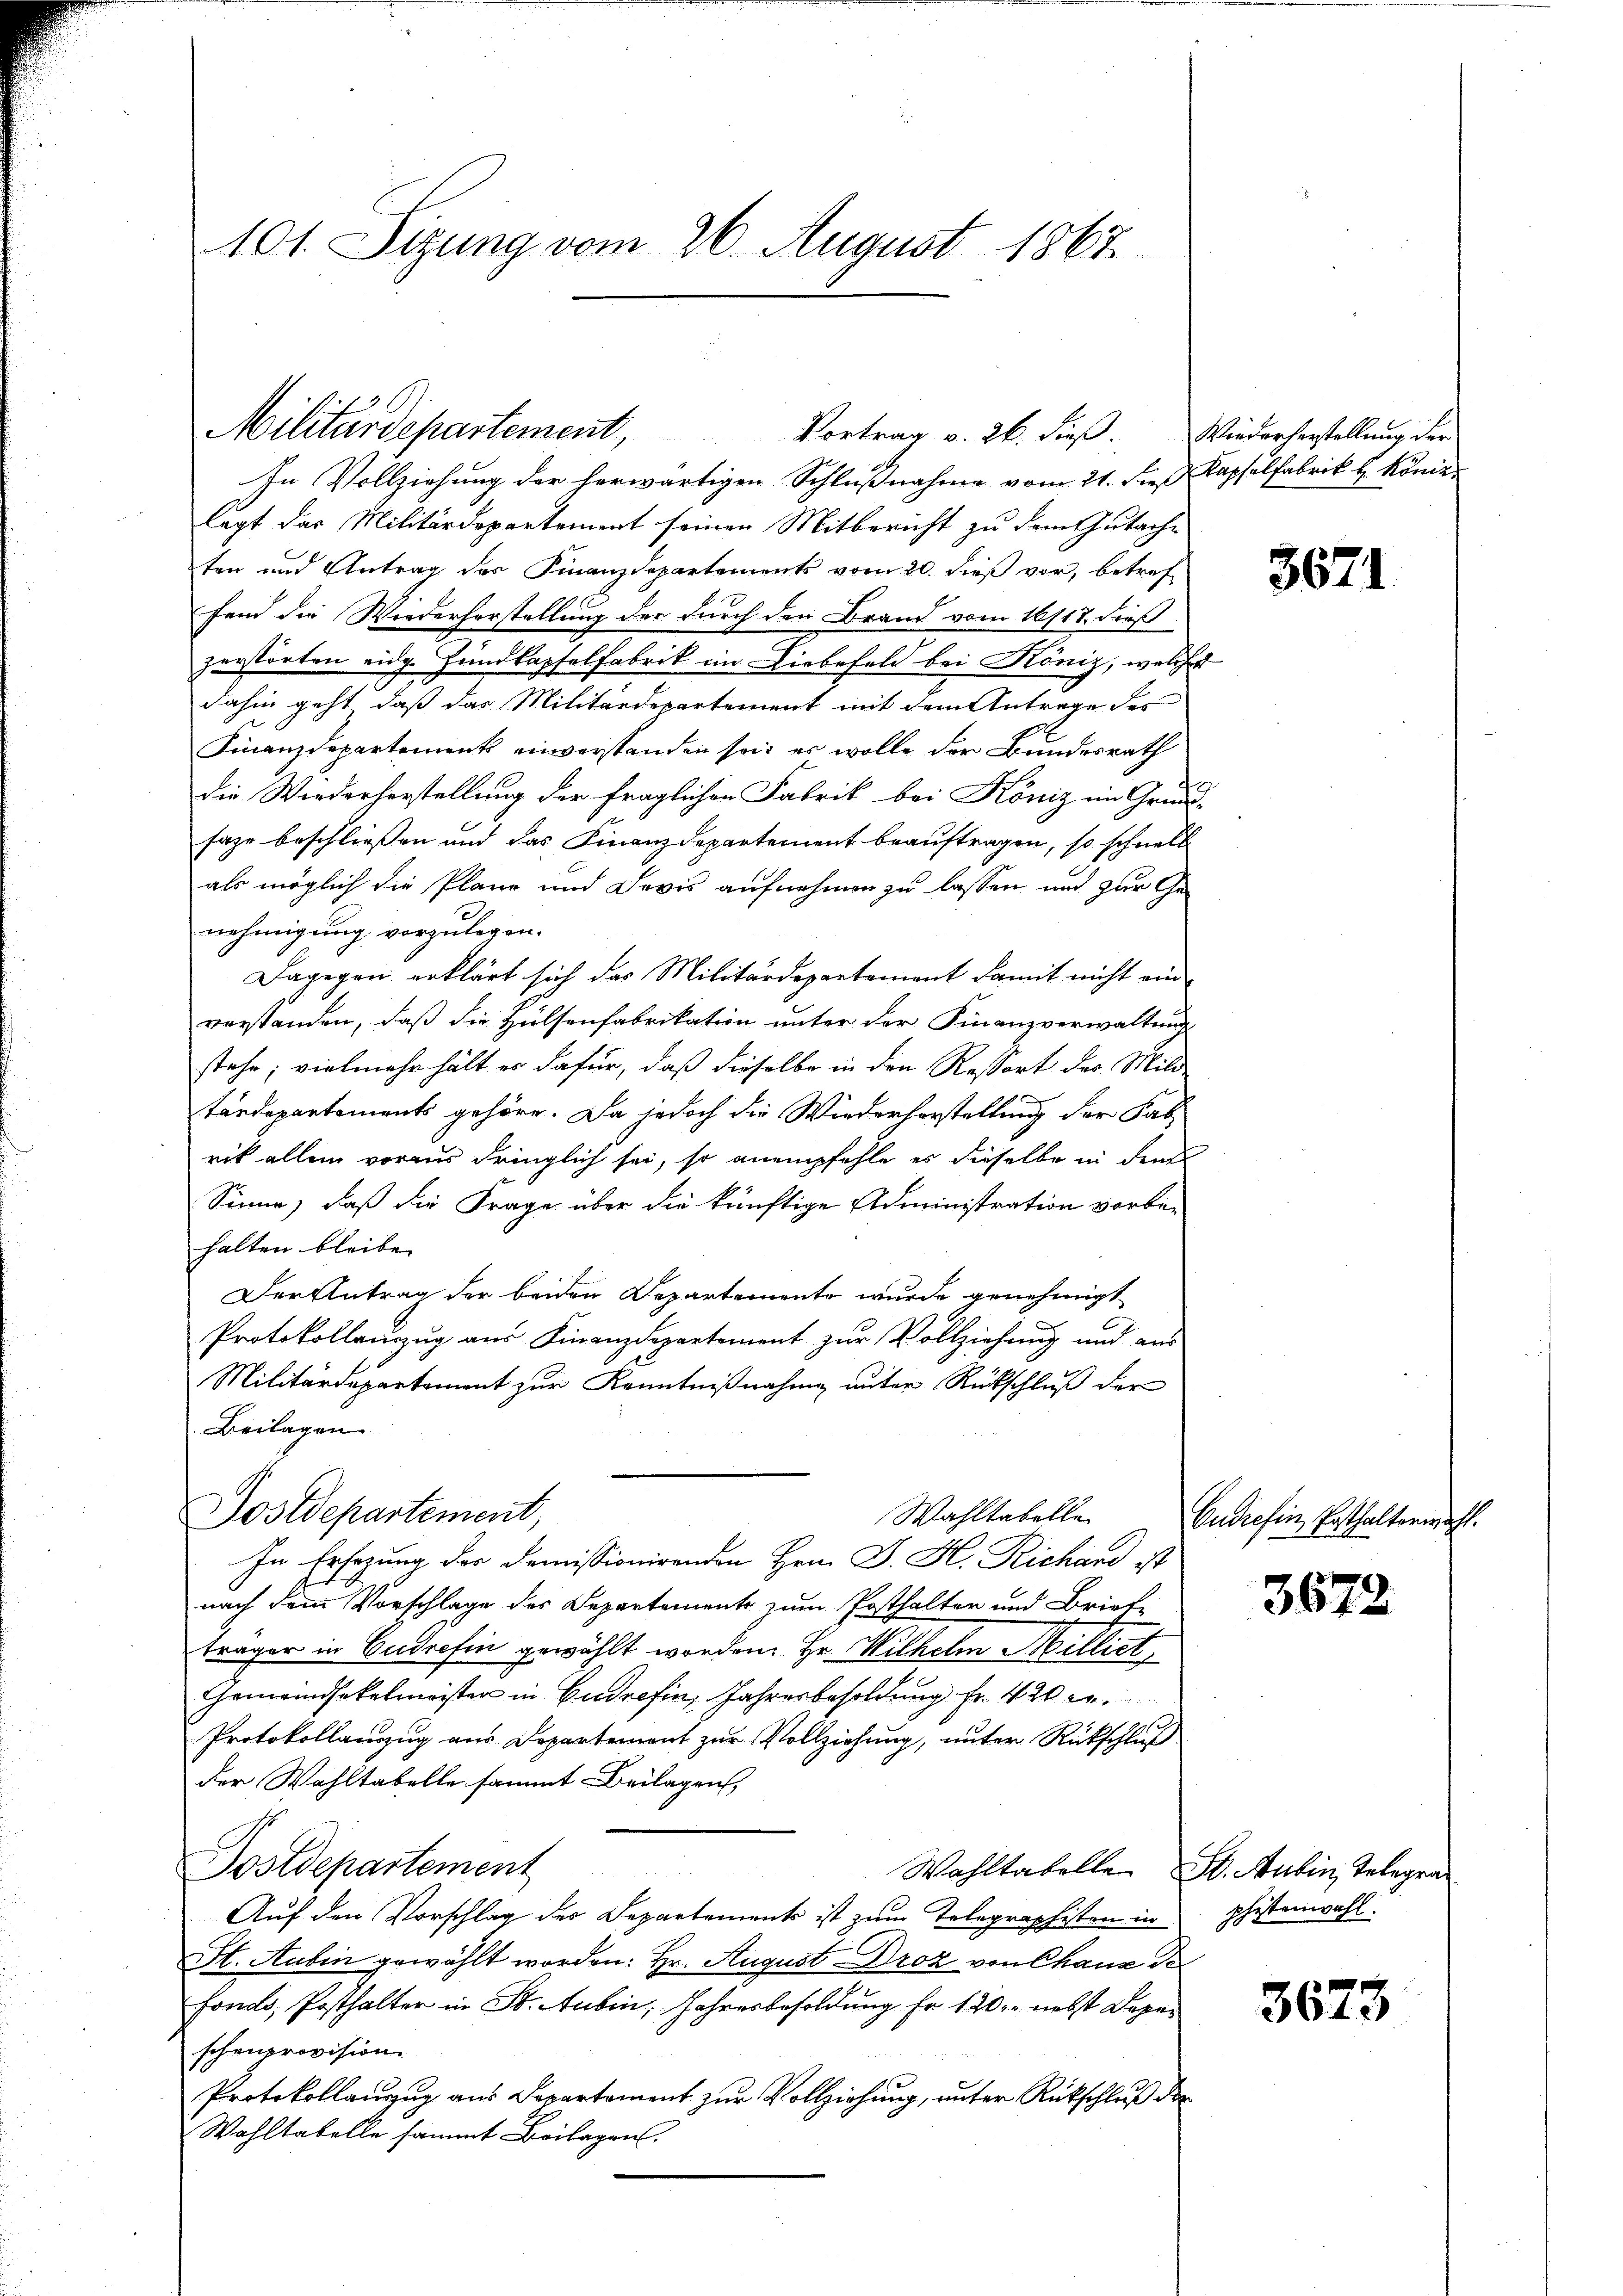
101. Sizung vom 26. August 1867.

In Vollziehung der herwärtigen Schlußnahme vom 21. dieß Kapselfabrik H. Königlegt das Militärdepartement seinen Mitbericht zu dem Gutach-
ten und Antrag des Finanzdepartements vom 20. dieß vor, betref
fend die Wiederherstellung der durch den Brand vom 16/17. dieß
zerstörten eidg. Jundlapfelfabrik im Liebefeld bei Köniz, welches
dahin geht, daß das Militärdepartement mit dem Antrage des
Finanzdepartement einverstanden sei, es wolle der Bundesrath
die Wiederhorstellung der fraglichen Fabrik bei Köniz im Grund-
sage beschließen und das Finanzdepartement beauftragen, so schnell
als möglich die Plane und Devis aufnehmen zu lassen und zur Genehmigung vorzulegen.
Dagegen erklärt sich das Militärdepartement damit nicht ein
verstanden, daß die Hülsenfabrikation unter der Finanzverwaltung
stehe; vielmehr hält er dafür, daß dieselbe in den Ressort der Mild
tärdepartements gehöre. Da jedoch die Wiederherstellung der Sab-
rik allein voraus dringlich sei, so anempfehle es dieselbe in den
Sinne, daß die Frage über die künftige Administration vorbehalten bleibe. |
Der Antrag der beiden Departemente wurde genehmigt
Protokollauszug aus Finanzdepartement zur Vollziehung und aus
Militärdepartement zur Kenntnißnahme unter Rückschluß der
Beilagen
Postdepartement,
Wahltabelle
In Ersezung der Demissionirenden Hrn. J. H. Richard ist
nach dem Vorschlage des Departemente zum Posthalter und Brief
träger in Cudrefin gewählt worden. Hr. Wilhelm Milliet,
Gemeindsekelmeister in Gudrefin, Jahresbesoldung Fr. 420 c
Protokollauszug aus Departement zur Vollziehung, unter Rückschluß
der Wahltabelle sammt Beilagen,
Postdepartement
Wahltabelle St. Aubin, Telegraa
Auf den Vorschlag des Departements ist zum Telegraphisten in phistenwahl.
St. Aubin gewählt worden: Hr. August-Droz von Chanc de¬
Fonds, Posthalter in St. Aubin, Jahresbesoldung Fr. 120. nebst Depeschenprovision
Protokollauszug aus Separtement zur Vollziehung, unter Rückschluß der
Wahltabelle sammt Beilagen.

Militärdepartement, Vortrag v. 26. dieβ. Wiederherstellŭng der

3671

Cudrefin, Posthalterwähl

3672

3673